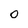
Character: o